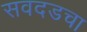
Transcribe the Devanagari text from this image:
सवदडचा